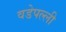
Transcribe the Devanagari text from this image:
वडेपल्‍ली